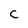
Character: C